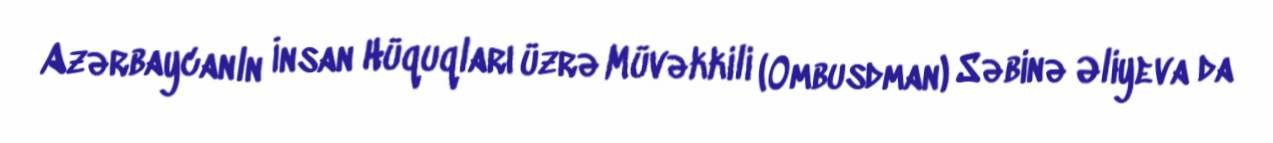
Azərbaycanln İnsan Hüquqları üzrə Müvəkkili (Ombusdman) Səbinə Əliyeva da